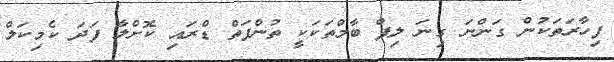
ފިހާރަތަކުން ގަންނަ ގިނަ ލިޕް ބާމްތަކަކީ ތުންފަތް ޑްރައި ކޮށްލާ ފަދަ ކެމިކަލް